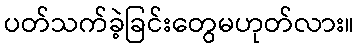
ပတ်သက်ခဲ့ခြင်းတွေမဟုတ်လား။